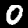
Label: 0